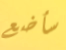
سأضع